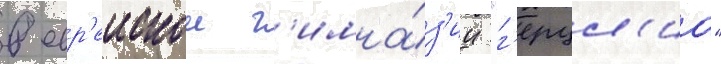
в евр'еискои г'имна́з'ии "г'ерцл'иа"